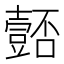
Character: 𭐚